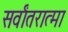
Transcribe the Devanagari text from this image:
सर्वांतरात्मा